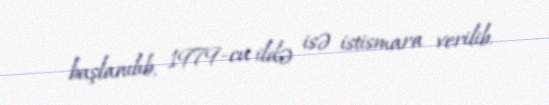
başlanılıb, 1979-cu ildə isə istismara verilib.